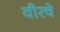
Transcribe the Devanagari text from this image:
वीरचे